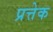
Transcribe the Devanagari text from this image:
प्रत्तेक